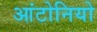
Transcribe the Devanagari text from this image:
आंटोनियो